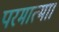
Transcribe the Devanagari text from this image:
परमात्मा।